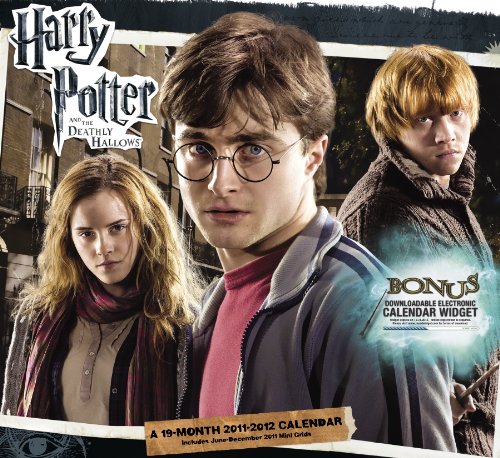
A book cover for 2012 Harry Potter and the Deathly Hallows  Wall Calendar; Day Dream; Calendars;